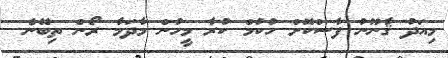
މިއަދު ޤާނޫނު ފާސްކޮށް ހުކުމް ކުރާ މީހުން މާދަމާ ރޯން ތިބޭނެ